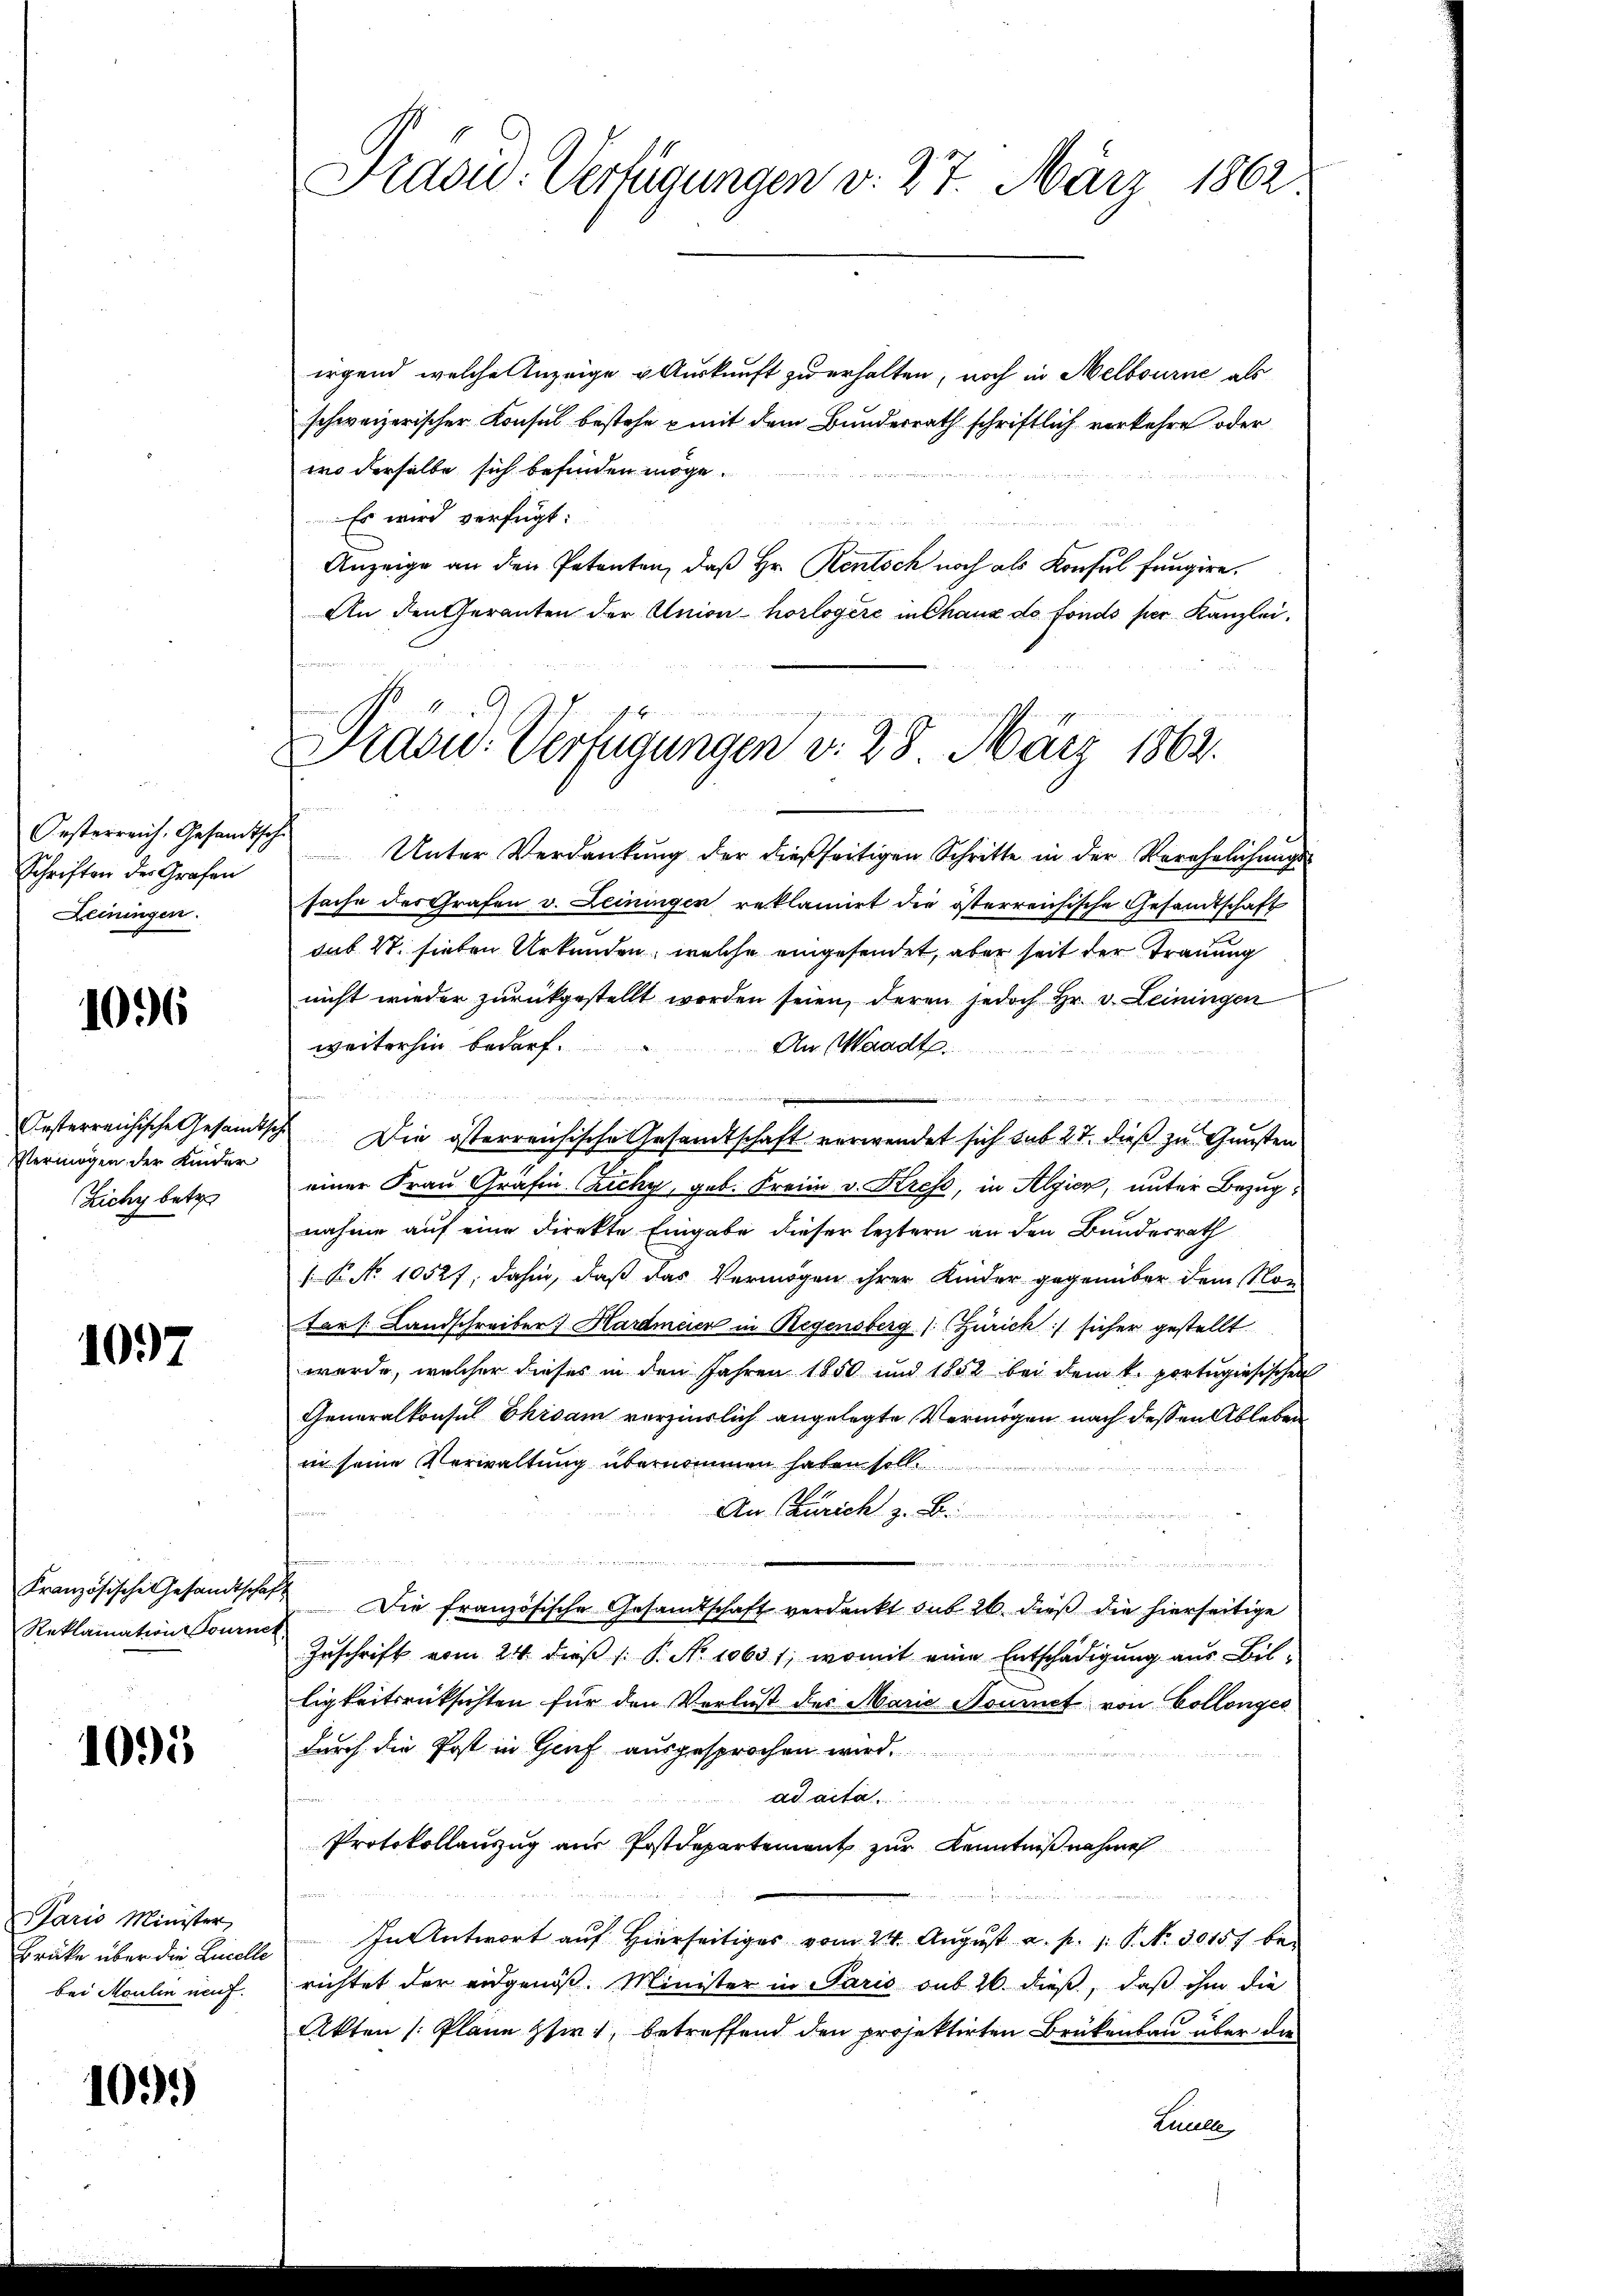
Oesterreich. Gesandtsche
Schriften des Grafen
Leiningen.

1096

Vermögen der Kinder
Zichy betre

1097

Reklamation Tournek

1095

Paris Minister
bei Moulin neuf

109.)

irgend, welche Anzeige Auskunft zu erhalten, noch in Melbourne als
schweizerischer Konsul bestehe mit dem Bundesrath schriftlich verkehre oder
wo derselbe sich befinden möge.
Es wird verfügt:
Anzeige an den Petenten, daß Hr. Rentsch noch als Konsul fungire.
An den Geranten der Union-horlogère in Chaux do fonds per Kanzlei,
e
Unter Verdankung der dießseitigen Schritte in der Verehrlichungs-
sache des Grafen v. Leiningen reklamirt die österreichische Gesandtschaft
das St. sieben Urkunden, welche eingesendet, aber seit der Trauung
nicht wieder zurückgestellt worden seien, deren jedoch Hr. v. Leiningen
weiterhin bedarf.
An Waadt.
dermeiden
n
Oesterreichische Gesandtsch. Die österreichische Gesandtschaft verwendet sich sub 27. dieß zu Gunsten
einer Frau Grafin Cichy, geb. Freim v. Krese, in Algien, unter Bezug
nahme auf eine Direkte Eingabe dieser leztern an den Bundesrath
P No 10527, dahin, daß das Vermögen ihrer Kinder gegenüber dem Nor
San (Landschreiben. Hardmeier in Regensberg (Zürich / sicher gestellt
wurde, welcher dieses in den Jahren 1850 und 1882 bei dem k. portugisischen
Generalkonsul Ehrsam verzinslich angelegte Vermögen nach dessen Ableben
in seine Verwaltung übernommen haben sol
An Zürich z. B.

Französische Gesandtschaft die französische Gesandtschaft verdankt sub. 26. dieß die hierseitige
Zuschrift vom 24. dieß (: P. No 10631, womit eine Entschädigung aus Bil-
ligkeitsrücksichten für den Verlust des Maria Noumet von Collenges
durch die Post in Genf ausgesprochen wird.
ad acta
Protokollanzug aus Postdepartement zur Kenntniß nahme
Brüke über die Licelle. In Antwort auf Hierseitiges vom 24. August a. p. 1. P. Nr. 30157 be-
richtet der eidgenöß. Minister in Paris sub 26 dieß, daß ihm die
Akten (Plane stirt, betreffend den projektirten Brükenbau über die
Luulle

Frdou. Verfügungen v. 27. März 1862

Präsid.: Verfügungen v. 28. März 1862.